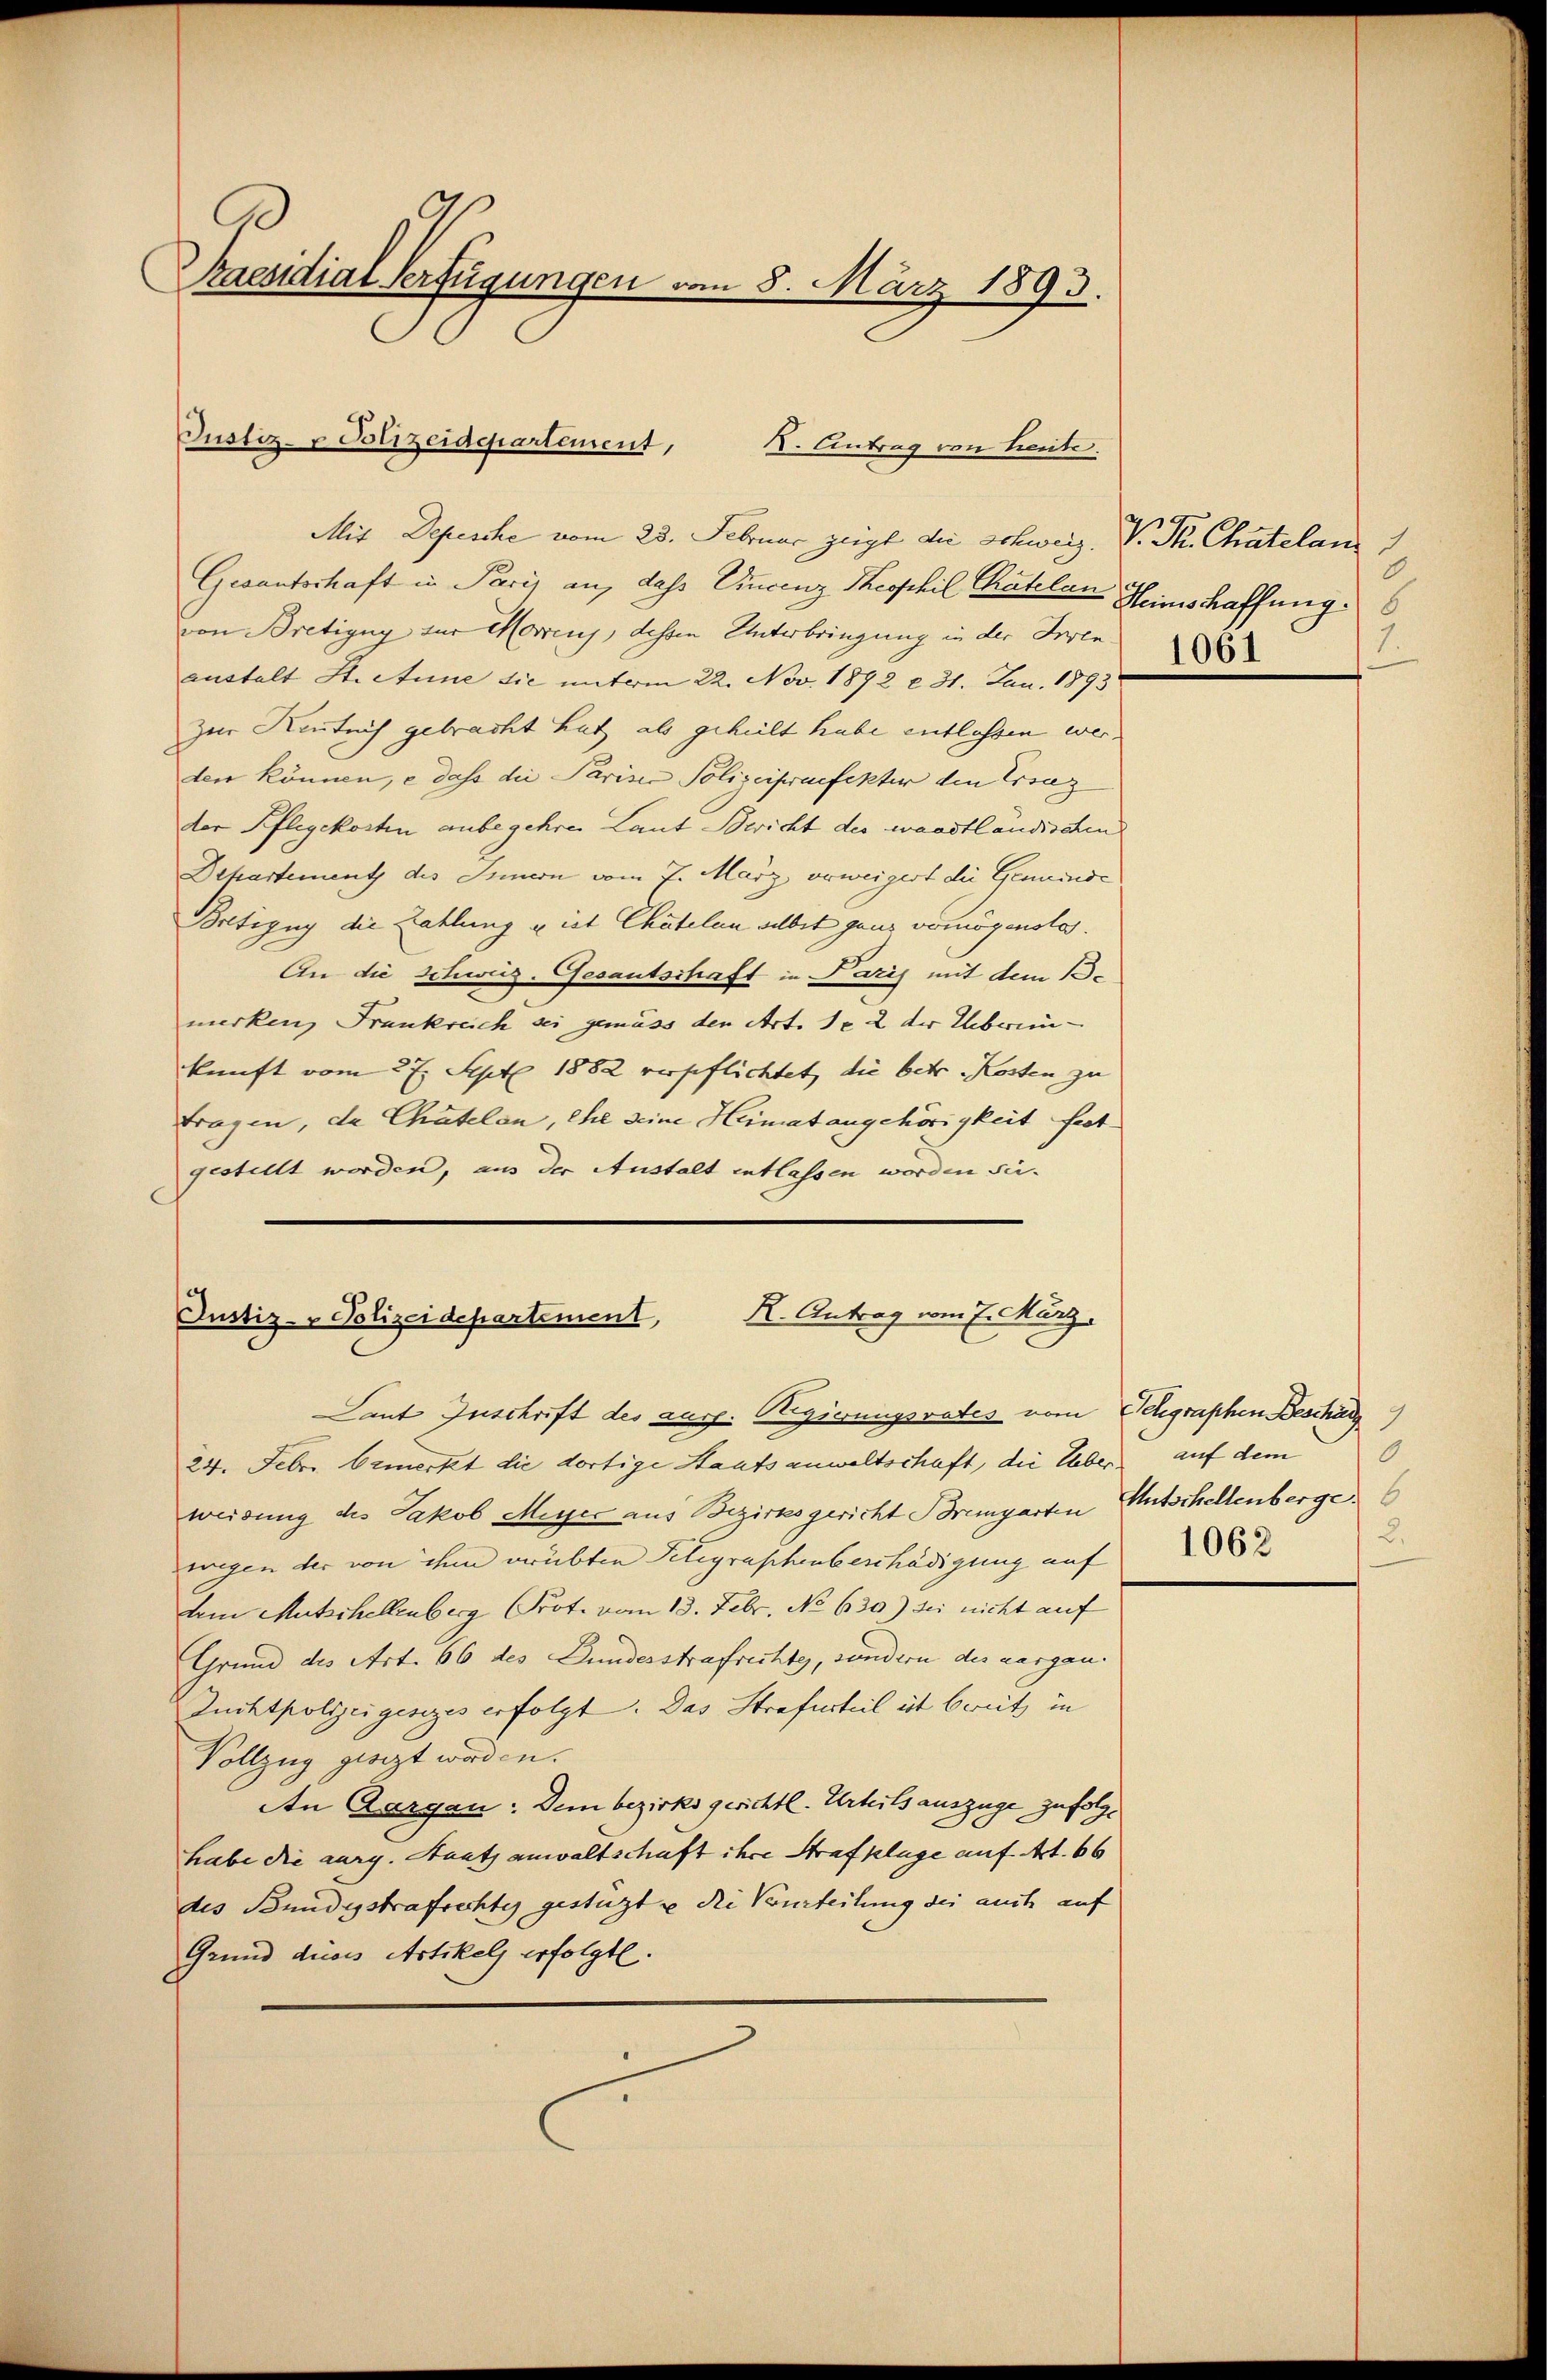
Praesidial-Verfügungen vom 8. März 1893.

Justiz- & Polizeidepartement,
K. Antrag von Leute.

Mit Depesche vom 23. Februar zeigt die Schweiz. V. Sk. Chatelan
Gesantschaft in Paris an, dass Vincenz Theophil Chatela Heinschaffung
von Bretigny zur Morens, dessen Unterbringung in der Irren
anstalt St. Anne die unterm 22. Nov. 1892 n 31. Jan. 1893
zur Kentnis gebracht hat als geheilt habe entlassen werden können, e dass die Pariser Polizeipraefekter den Ersaz
der Pflegekosten anbegehren Laut Bericht des waadtländischen
Dehartement des Innern vom 7. März verweigert die Gemeinde
Boltigny die Zahlung u ist Chätelen selbst ganz vermögensto.
An die Schweiz. Gesantschaft in Paris mit dem 1.
merken, Frankreich sei gemäss den Art. 1. 2 der Ueberein-
kunft vom 27. Sept. 1882 verpflichtet, die betr. Kosten zu
tragen, da Chätelen, ehe seine Heimat angehörigkeit festgestellt worden, aus der Austalt entlassen worden sie.

Justiz- & Polizeidepartement, H. Antrag vom 7. März,
Laut Zuschrift des ausg. Regierungsrates vom Telegraphen Beschäd

24. Febr. bemerkt die dortige Staatsanwaltschaft, die Ueber auf dem
weisung des Jakob Meyer aus Bezirksgericht Bremgarten Entschellenberge
wegen der von ihm verübten Telegraphenbeschädigung auf
dem Mutschellenberg Prot. vom 13. Febr. No 630.) sei nicht auf
Grund des Art. 66 des Bundesstrafrechte, sondern der aargau.
Zuchtpolizeigesezes erfolgt. Das Strafurteil ist bereits in
Vollzug giegt worden.
An Aargau: Dem bezirksgerichtl. Urteils auszüge zufolghabe die aarg. Staatsanwaltschaft ihre Strafklage auf Art. 66
des Bundigstrafrechtes gestützt u die Vourteilung der auch auf
Grund dieses Artikels erfolgte.

1.
1061

2.